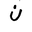
Letter: _non